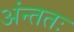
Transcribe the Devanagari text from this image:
अंन्ततः